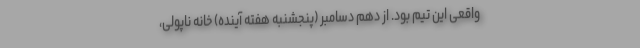
واقعی این تیم بود. از دهم دسامبر (پنجشنبه هفته آینده) خانه ناپولی،